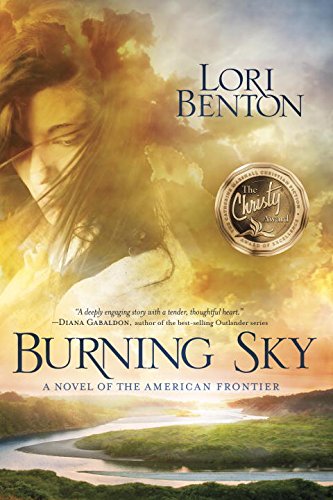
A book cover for Burning Sky: A Novel of the American Frontier; Lori Benton; Romance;